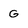
Character: G